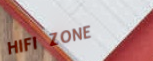
HIFI ZONE